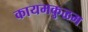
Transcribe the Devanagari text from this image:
कायमकुळम